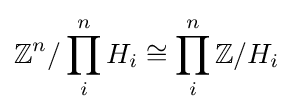
\mathbb {Z} ^{n}/\prod _{i}^{n}H_{i}\cong \prod _{i}^{n}\mathbb {Z} /H_{i}